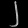
Digit: ၂